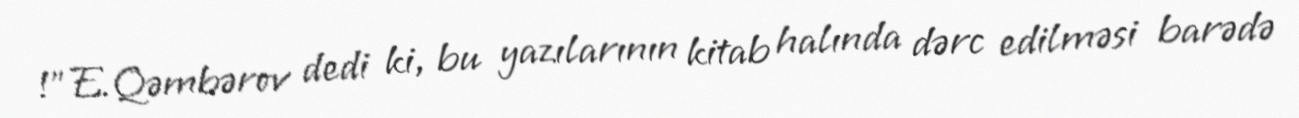
!”E.Qəmbərov dedi ki, bu yazılarının kitab halında dərc edilməsi barədə